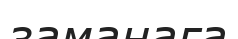
заманаға